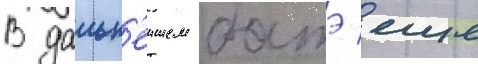
В дальн'еишем батэ еще